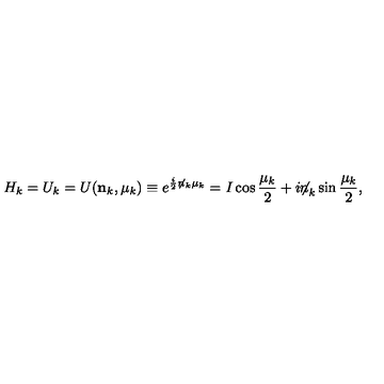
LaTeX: H _ { k } = U _ { k } = U ( { \bf n } _ { k } , \mu _ { k } ) \equiv e ^ { \frac i 2 \not { n } _ { k } \mu _ { k } } = I \cos { \frac { \mu _ { k } } 2 } + i { { \not \! \! n } _ { k } } \sin { \frac { \mu _ { k } } 2 } ,